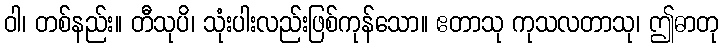
ဝါ၊ တစ်နည်း။ တီသုပိ၊ သုံးပါးလည်းဖြစ်ကုန်သော။ ဧတာသု ကုသလတာသု၊ ဤဓာတု